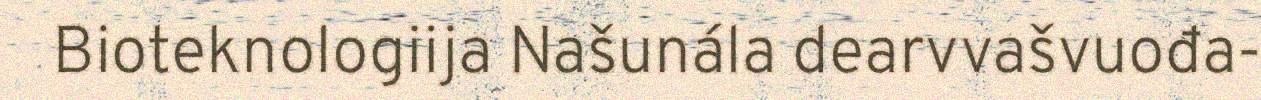
Bioteknologiija Našunála dearvvašvuođa-